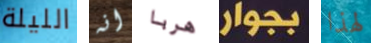
الليلة انه هربا بجوار لهذا